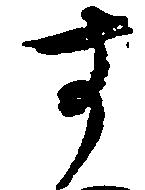
す